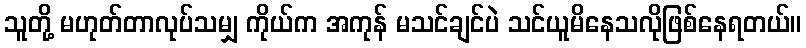
သူတို့ မဟုတ်တာလုပ်သမျှ ကိုယ်က အကုန် မသင်ချင်ပဲ သင်ယူမိနေသလိုဖြစ်နေရတယ်။